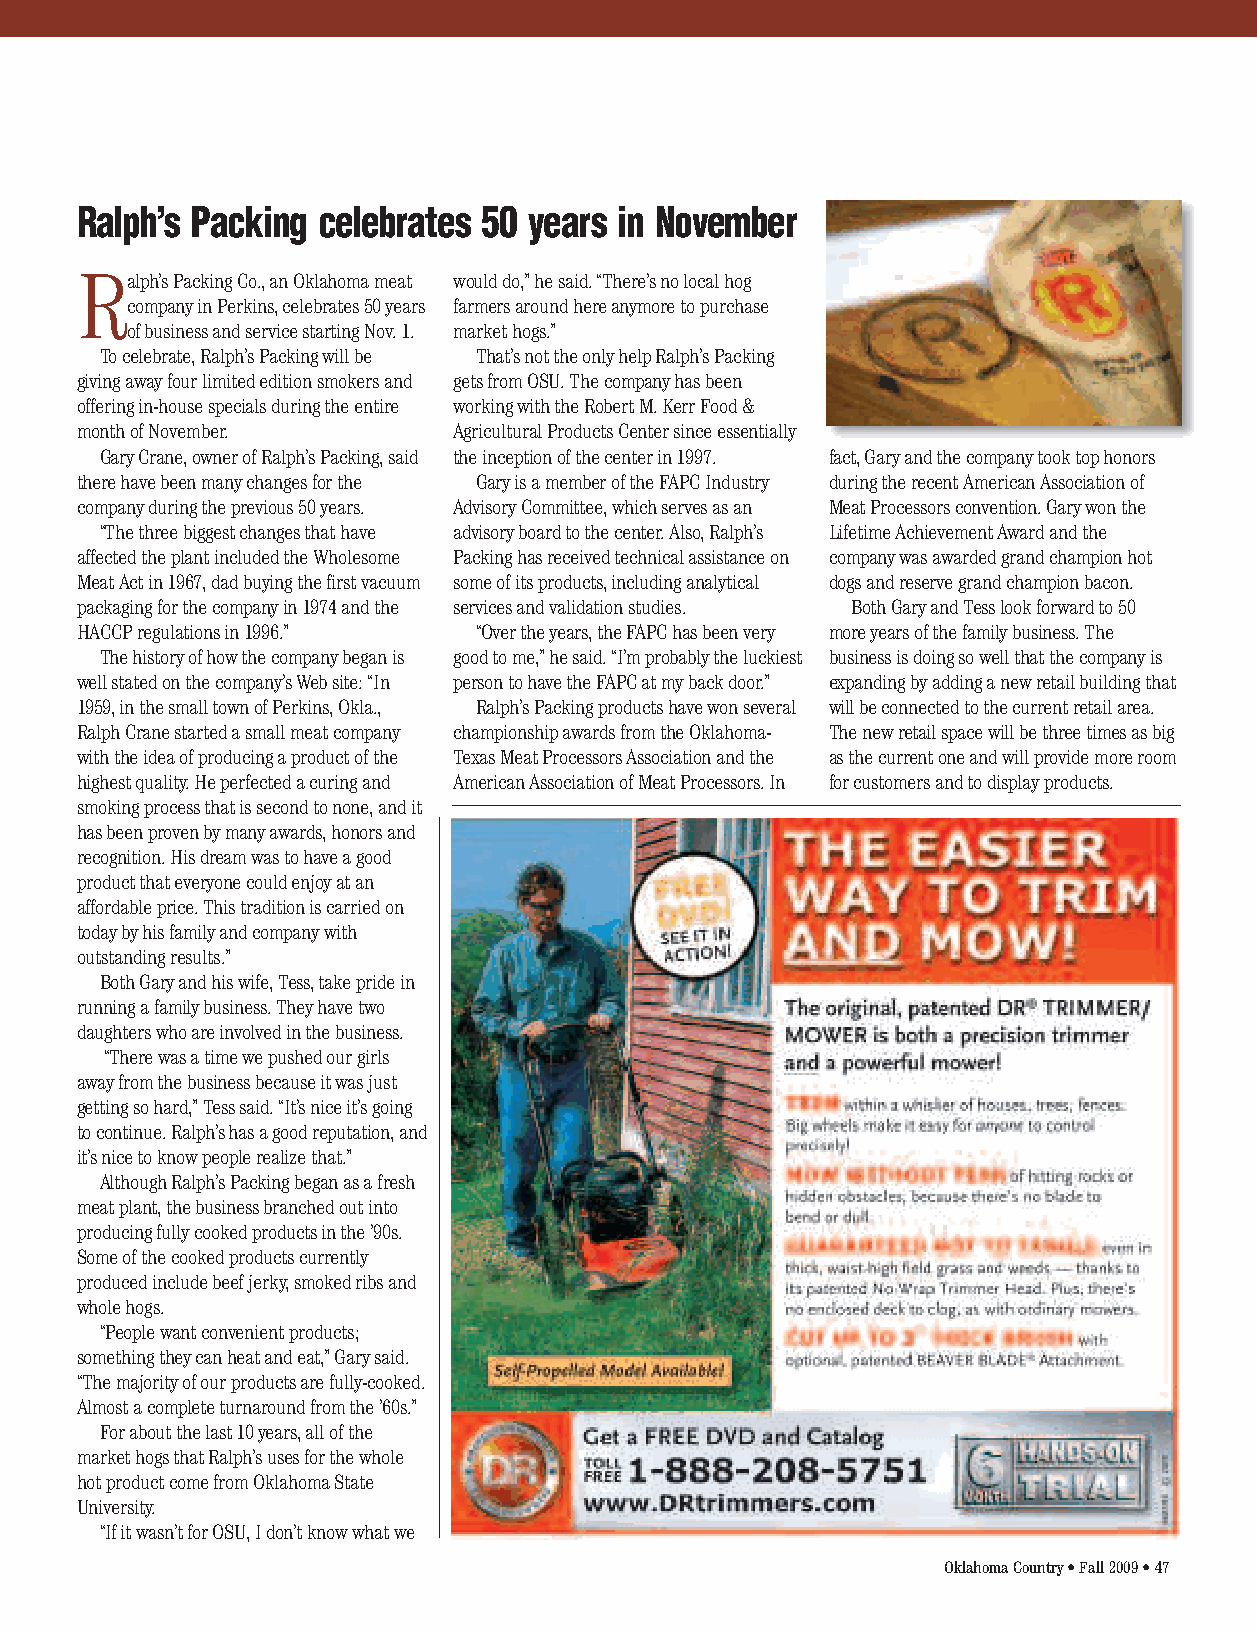
Ralph’s Packing celebrates 50 years in November
 R
 alph’s Packing Co., an Oklahoma meat would do,” he said. “There’s no local hog
 company in Perkins, celebrates 50 years farmers around here anymore to purchase
 of business and service starting Nov. 1. market hogs.”
 To celebrate, Ralph’s Packing will be That’s not the only help Ralph’s Packing
 giving away four limited edition smokers and gets from OSU. The company has been
 offering in-house specials during the entire working with the Robert M. Kerr Food &
 month of November.       Agricultural Products Center since essentially
 Gary Crane, owner of Ralph’s Packing, said the inception of the center in 1997. fact, Gary and the company took top honors
 there have been many changes for the Gary is a member of the FAPC Industry during the recent American Association of
 company during the previous 50 years. Advisory Committee, which serves as an Meat Processors convention. Gary won the
 “The three biggest changes that have advisory board to the center. Also, Ralph’s Lifetime Achievement Award and the
 affected the plant included the Wholesome Packing has received technical assistance on company was awarded grand champion hot
 Meat Act in 1967, dad buying the first vacuum some of its products, including analytical dogs and reserve grand champion bacon.
 packaging for the company in 1974 and the services and validation studies. Both Gary and Tess look forward to 50
 HACCP regulations in 1996.” “Over the years, the FAPC has been very more years of the family business. The
 The history of how the company began is good to me,” he said. “I’m probably the luckiest business is doing so well that the company is
 well stated on the company’s Web site: “In person to have the FAPC at my back door.” expanding by adding a new retail building that
 1959, in the small town of Perkins, Okla., Ralph’s Packing products have won several will be connected to the current retail area.
 Ralph Crane started a small meat company championship awards from the Oklahoma- The new retail space will be three times as big
 with the idea of producing a product of the Texas Meat Processors Association and the as the current one and will provide more room
 highest quality. He perfected a curing and American Association of Meat Processors. In for customers and to display products.
 smoking process that is second to none, and it
 has been proven by many awards, honors and
 recognition. His dream was to have a good
 product that everyone could enjoy at an
 affordable price. This tradition is carried on
 today by his family and company with
 outstanding results.”
 Both Gary and his wife, Tess, take pride in
 running a family business. They have two
 daughters who are involved in the business.
 “There was a time we pushed our girls
 away from the business because it was just
 getting so hard,” Tess said. “It’s nice it’s going
 to continue. Ralph’s has a good reputation, and
 it’s nice to know people realize that.”
 Although Ralph’s Packing began as a fresh
 meat plant, the business branched out into
 producing fully cooked products in the ’90s.
 Some of the cooked products currently
 produced include beef jerky, smoked ribs and
 whole hogs.
 “People want convenient products;
 something they can heat and eat,” Gary said.
 “The majority of our products are fully-cooked.
 Almost a complete turnaround from the ’60s.”
 For about the last 10 years, all of the
 market hogs that Ralph’s uses for the whole
 hot product come from Oklahoma State
 University.
 “If it wasn’t for OSU, I don’t know what we
 Oklahoma Country • Fall 2009 • 47